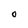
Character: o